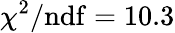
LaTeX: \chi^{2}/\mathrm{ndf}=10.3